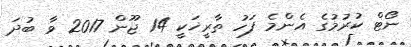
ނޯޓް ކުރުމުގެ އެންމެ ފަހު ތާރީޚަކީ 14 ޖޫން 2017 ވާ ބުދަ